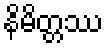
နိမိတ္တဿ